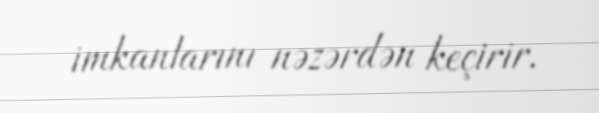
imkanlarını nəzərdən keçirir.